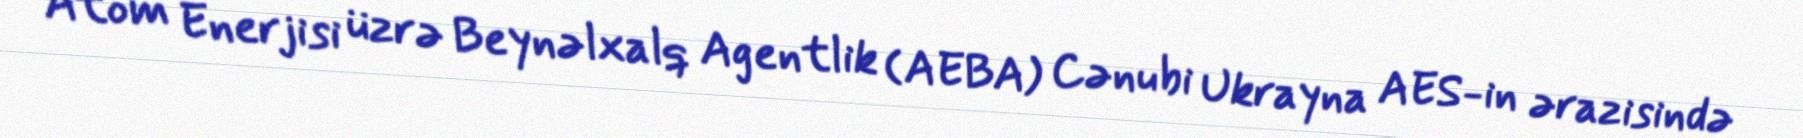
Atom Enerjisi üzrə Beynəlxalq Agentlik (AEBA) Cənubi Ukrayna AES-in ərazisində